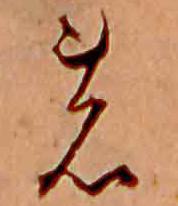
の